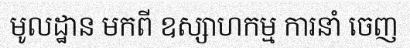
មូលដ្ឋាន មកពី ឧស្សាហកម្ម ការនាំ ចេញ